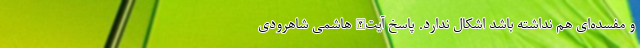
و مفسده‌ای هم نداشته باشد اشکال ندارد. پاسخ آیت‌الله هاشمی شاهرودی